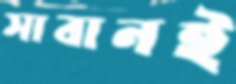
সাবানই